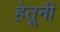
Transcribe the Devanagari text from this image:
हेतूनी